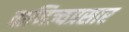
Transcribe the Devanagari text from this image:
वाणिज्यप्रसार